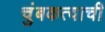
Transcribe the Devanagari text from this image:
चुंबकत्वाची